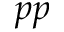
p p